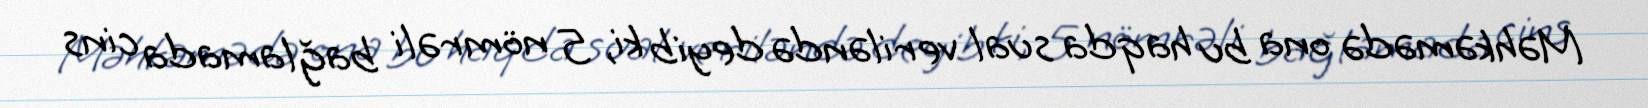
Məhkəmədə ona bu haqda sual veriləndə deyib ki, 5 nömrəli bağlamada cins